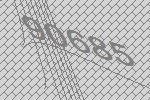
90685